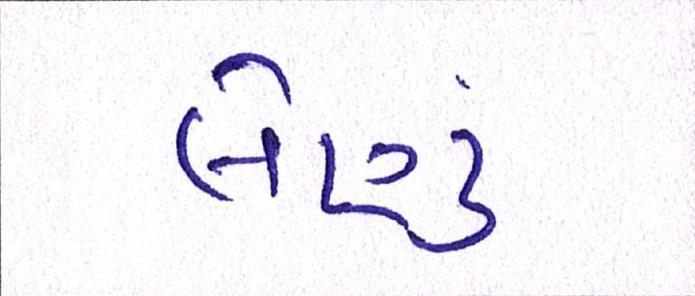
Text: લેણું